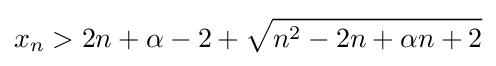
x_{n}>2n+\alpha -2+{\sqrt {n^{2}-2n+\alpha n+2}}